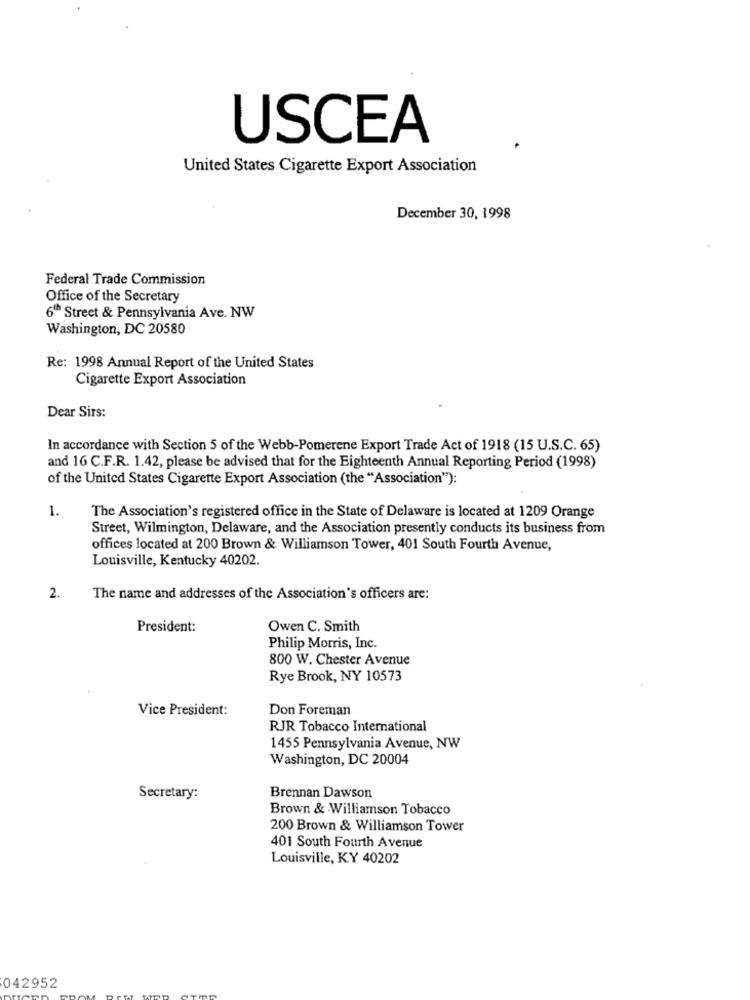
USCEA
United States Cigarette Export Association
December 30, 1998
Federal Trade Commission
Office of the Secretary
6th Street & Pennsylvania Ave. NW
Washington, DC 20580
Re: 1998 Annual Report of the United States
Cigarette Export Association
Dear Sirs:
In accordance with Section 5 of the Webb-Pomerene Export Trade Act of 1918 (15 U.S.C. 65)
and 16 C.F.R. 1.42, please be advised that for the Eighteenth Annual Reporting Period (1998)
of the United States Cigarette Export Association (the "Association"):
1.
The Association's registered office in the State of Delaware is located at 1209 Orange
Street, Wilmington, Delaware, and the Association presently conducts its business from
offices located at 200 Brown & Williamson Tower, 401 South Fourth Avenue,
Louisville, Kentucky 40202.
2.
The name and addresses of the Association's officers are:
President:
Owen C. Smith
Philip Morris, Inc.
800 W. Chester Avenue
Rye Brook, NY 10573
Vice President:
Don Foreman
RJR Tobacco International
1455 Pennsylvania Avenue, NW
Washington, DC 20004
Secretary:
Brennan Dawson
Brown & Williamson Tobacco
200 Brown & Williamson Tower
401 South Fourth Avenue
Louisville, KY 40202
042952